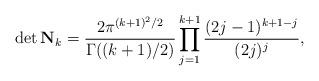
LaTeX: \begin{align*}\det\mathbf N_k=\frac{2\pi^{(k+1)^2/2}}{\Gamma((k+1)/2)}\prod_{j=1}^{k+1}\frac{(2j-1)^{k+1-j}}{(2j)^j},\end{align*}